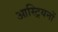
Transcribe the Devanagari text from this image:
आस्ट्रियनों